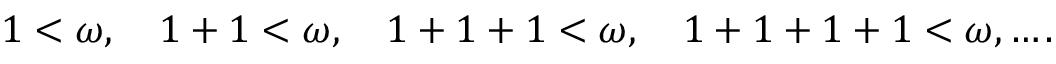
1 < \omega , \quad 1 + 1 < \omega , \quad 1 + 1 + 1 < \omega , \quad 1 + 1 + 1 + 1 < \omega , \ldots .